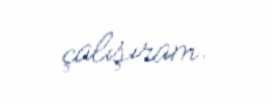
çalışıram.